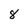
Character: 8